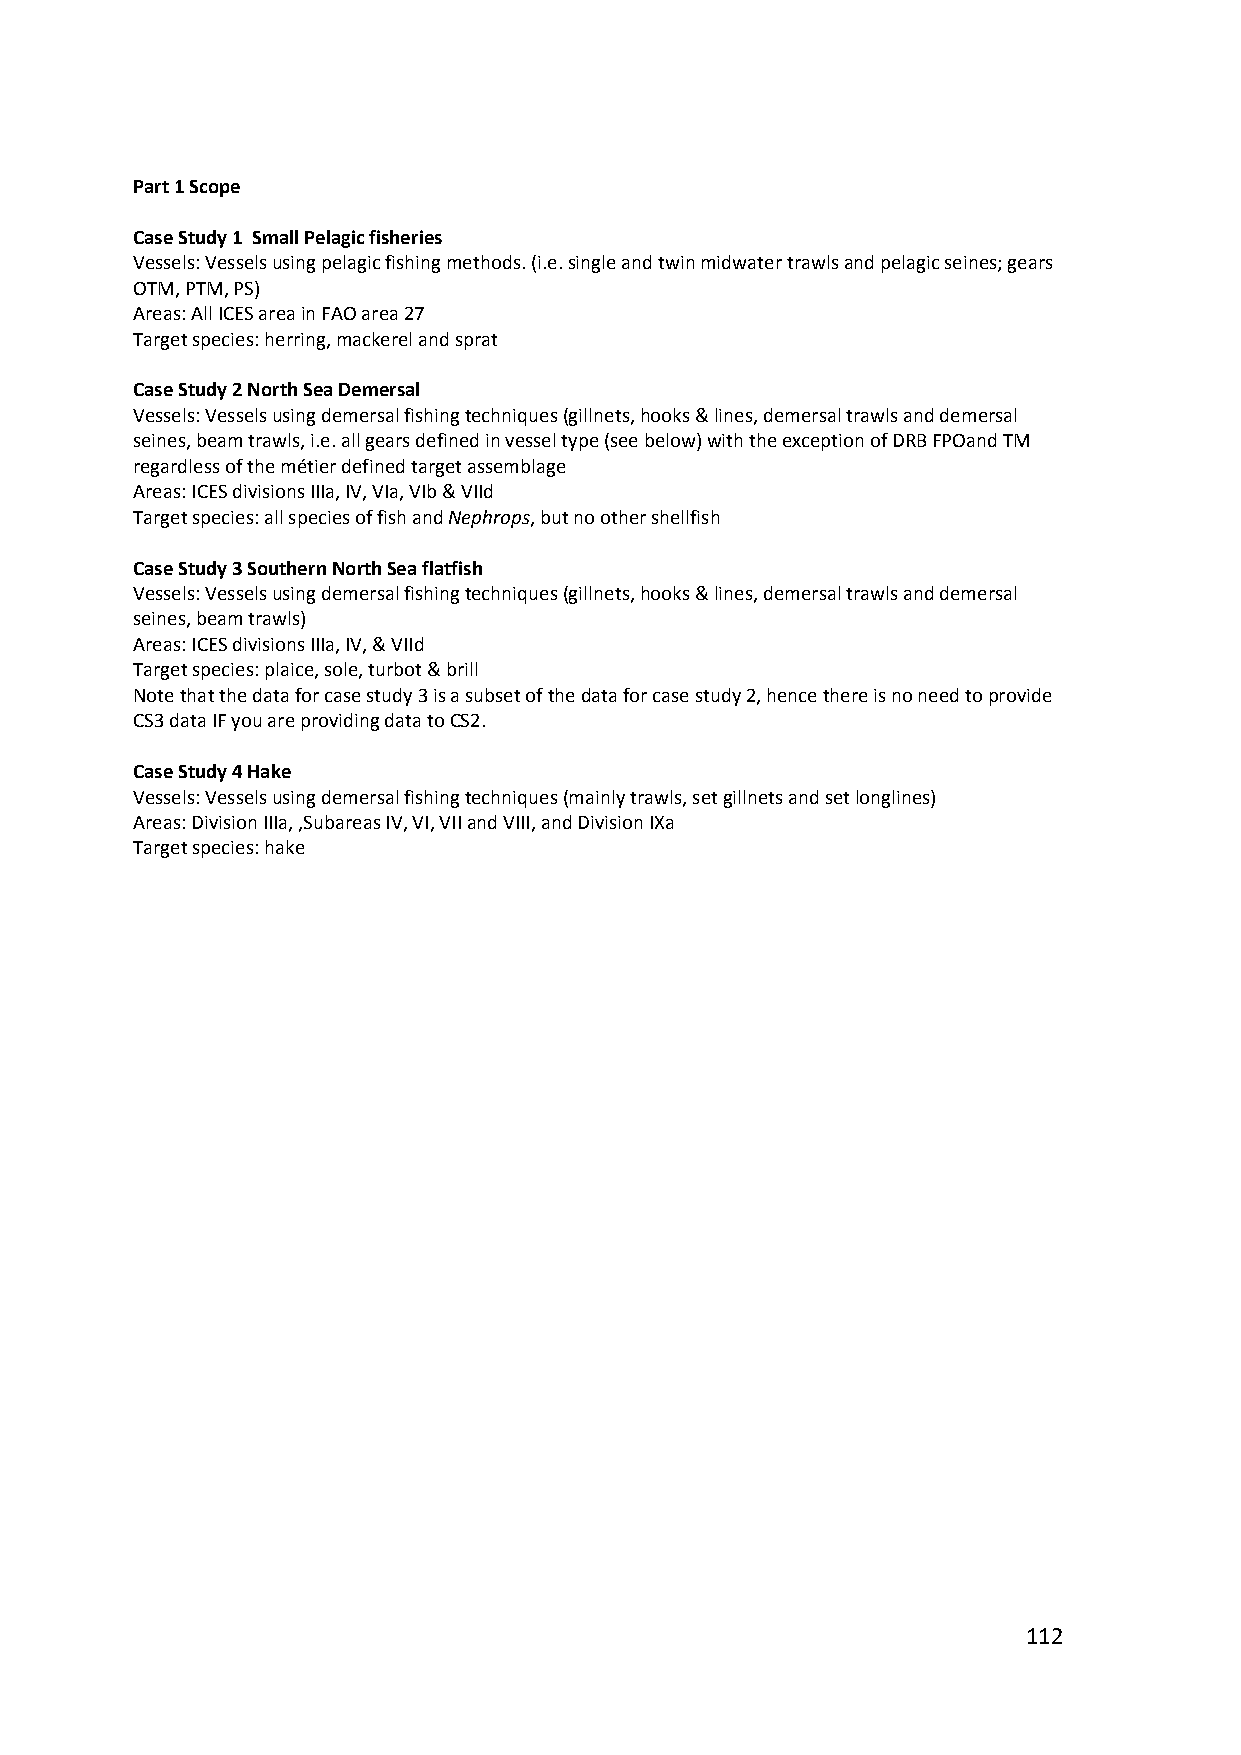
Part 1 Scope
 Case Study 1 Small Pelagic fisheries
 Vessels: Vessels using pelagic fishing methods. (i.e. single and twin midwater trawls and pelagic seines; gears
 OTM, PTM, PS)
 Areas: All ICES area in FAO area 27
 Target species: herring, mackerel and sprat
 Case Study 2 North Sea Demersal
 Vessels: Vessels using demersal fishing techniques (gillnets, hooks & lines, demersal trawls and demersal
 seines, beam trawls, i.e. all gears defined in vessel type (see below) with the exception of DRB FPOand TM
 regardless of the métier defined target assemblage
 Areas: ICES divisions IIIa, IV, VIa, VIb & VIId
 Target species: all species of fish and Nephrops, but no other shellfish
 Case Study 3 Southern North Sea flatfish
 Vessels: Vessels using demersal fishing techniques (gillnets, hooks & lines, demersal trawls and demersal
 seines, beam trawls)
 Areas: ICES divisions IIIa, IV, & VIId
 Target species: plaice, sole, turbot & brill
 Note that the data for case study 3 is a subset of the data for case study 2, hence there is no need to provide
 CS3 data IF you are providing data to CS2.
 Case Study 4 Hake
 Vessels: Vessels using demersal fishing techniques (mainly trawls, set gillnets and set longlines)
 Areas: Division IIIa, ,Subareas IV, VI, VII and VIII, and Division IXa
 Target species: hake
 112